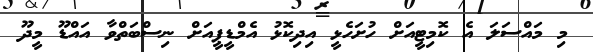
މި މައްސަލަ އެ ކޮމިޓީއަށް ހުށަހެޅީ އިދިކޮޅު އެމްޑީޕީއަށް ނިސްބަތްވާ އައްޑޫ މީދޫ